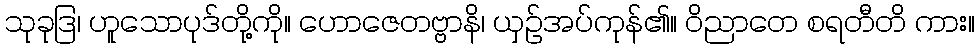
သုခုဒြ၊ ဟူသောပုဒ်တို့ကို။ ဟောဇေတဗ္ဗာနိ၊ ယှဉ်အပ်ကုန်၏။ ဝိညာတေ စရတီတိ ကား။